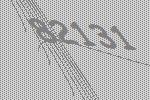
82131